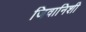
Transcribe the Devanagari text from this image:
जिवानिशी